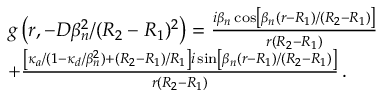
\begin{array} { r l } & { g \left( r , - D \beta _ { n } ^ { 2 } / ( R _ { 2 } - R _ { 1 } ) ^ { 2 } \right) = \frac { i \beta _ { n } \cos \left[ \beta _ { n } ( r - R _ { 1 } ) / ( R _ { 2 } - R _ { 1 } ) \right] } { r ( R _ { 2 } - R _ { 1 } ) } } \\ & { + \frac { \left[ \kappa _ { a } / ( 1 - \kappa _ { d } / \beta _ { n } ^ { 2 } ) + ( R _ { 2 } - R _ { 1 } ) / R _ { 1 } \right] i \sin \left[ \beta _ { n } ( r - R _ { 1 } ) / ( R _ { 2 } - R _ { 1 } ) \right] } { r ( R _ { 2 } - R _ { 1 } ) } \, . } \end{array}